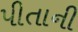
પીતાની